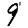
Digit: 9